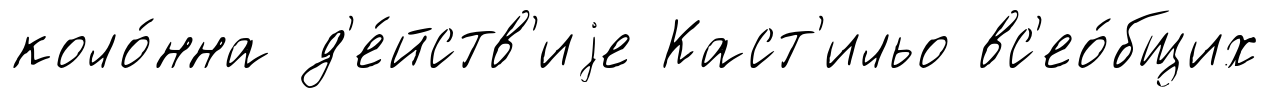
коло́нна д'е́йств'иjе Каст'ильо вс'ео́бщих